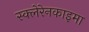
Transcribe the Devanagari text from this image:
स्क्लेरेनकाइमा